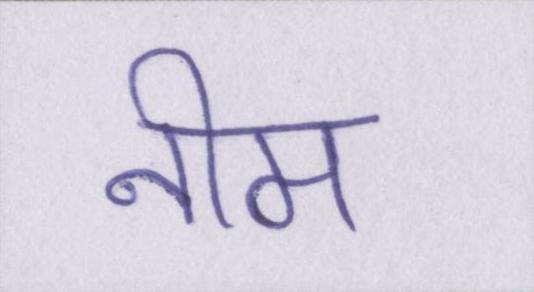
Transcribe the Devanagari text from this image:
नीम